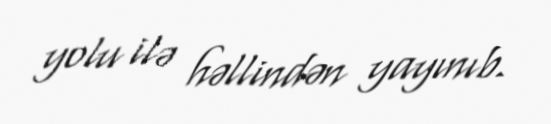
yolu ilə həllindən yayınıb.